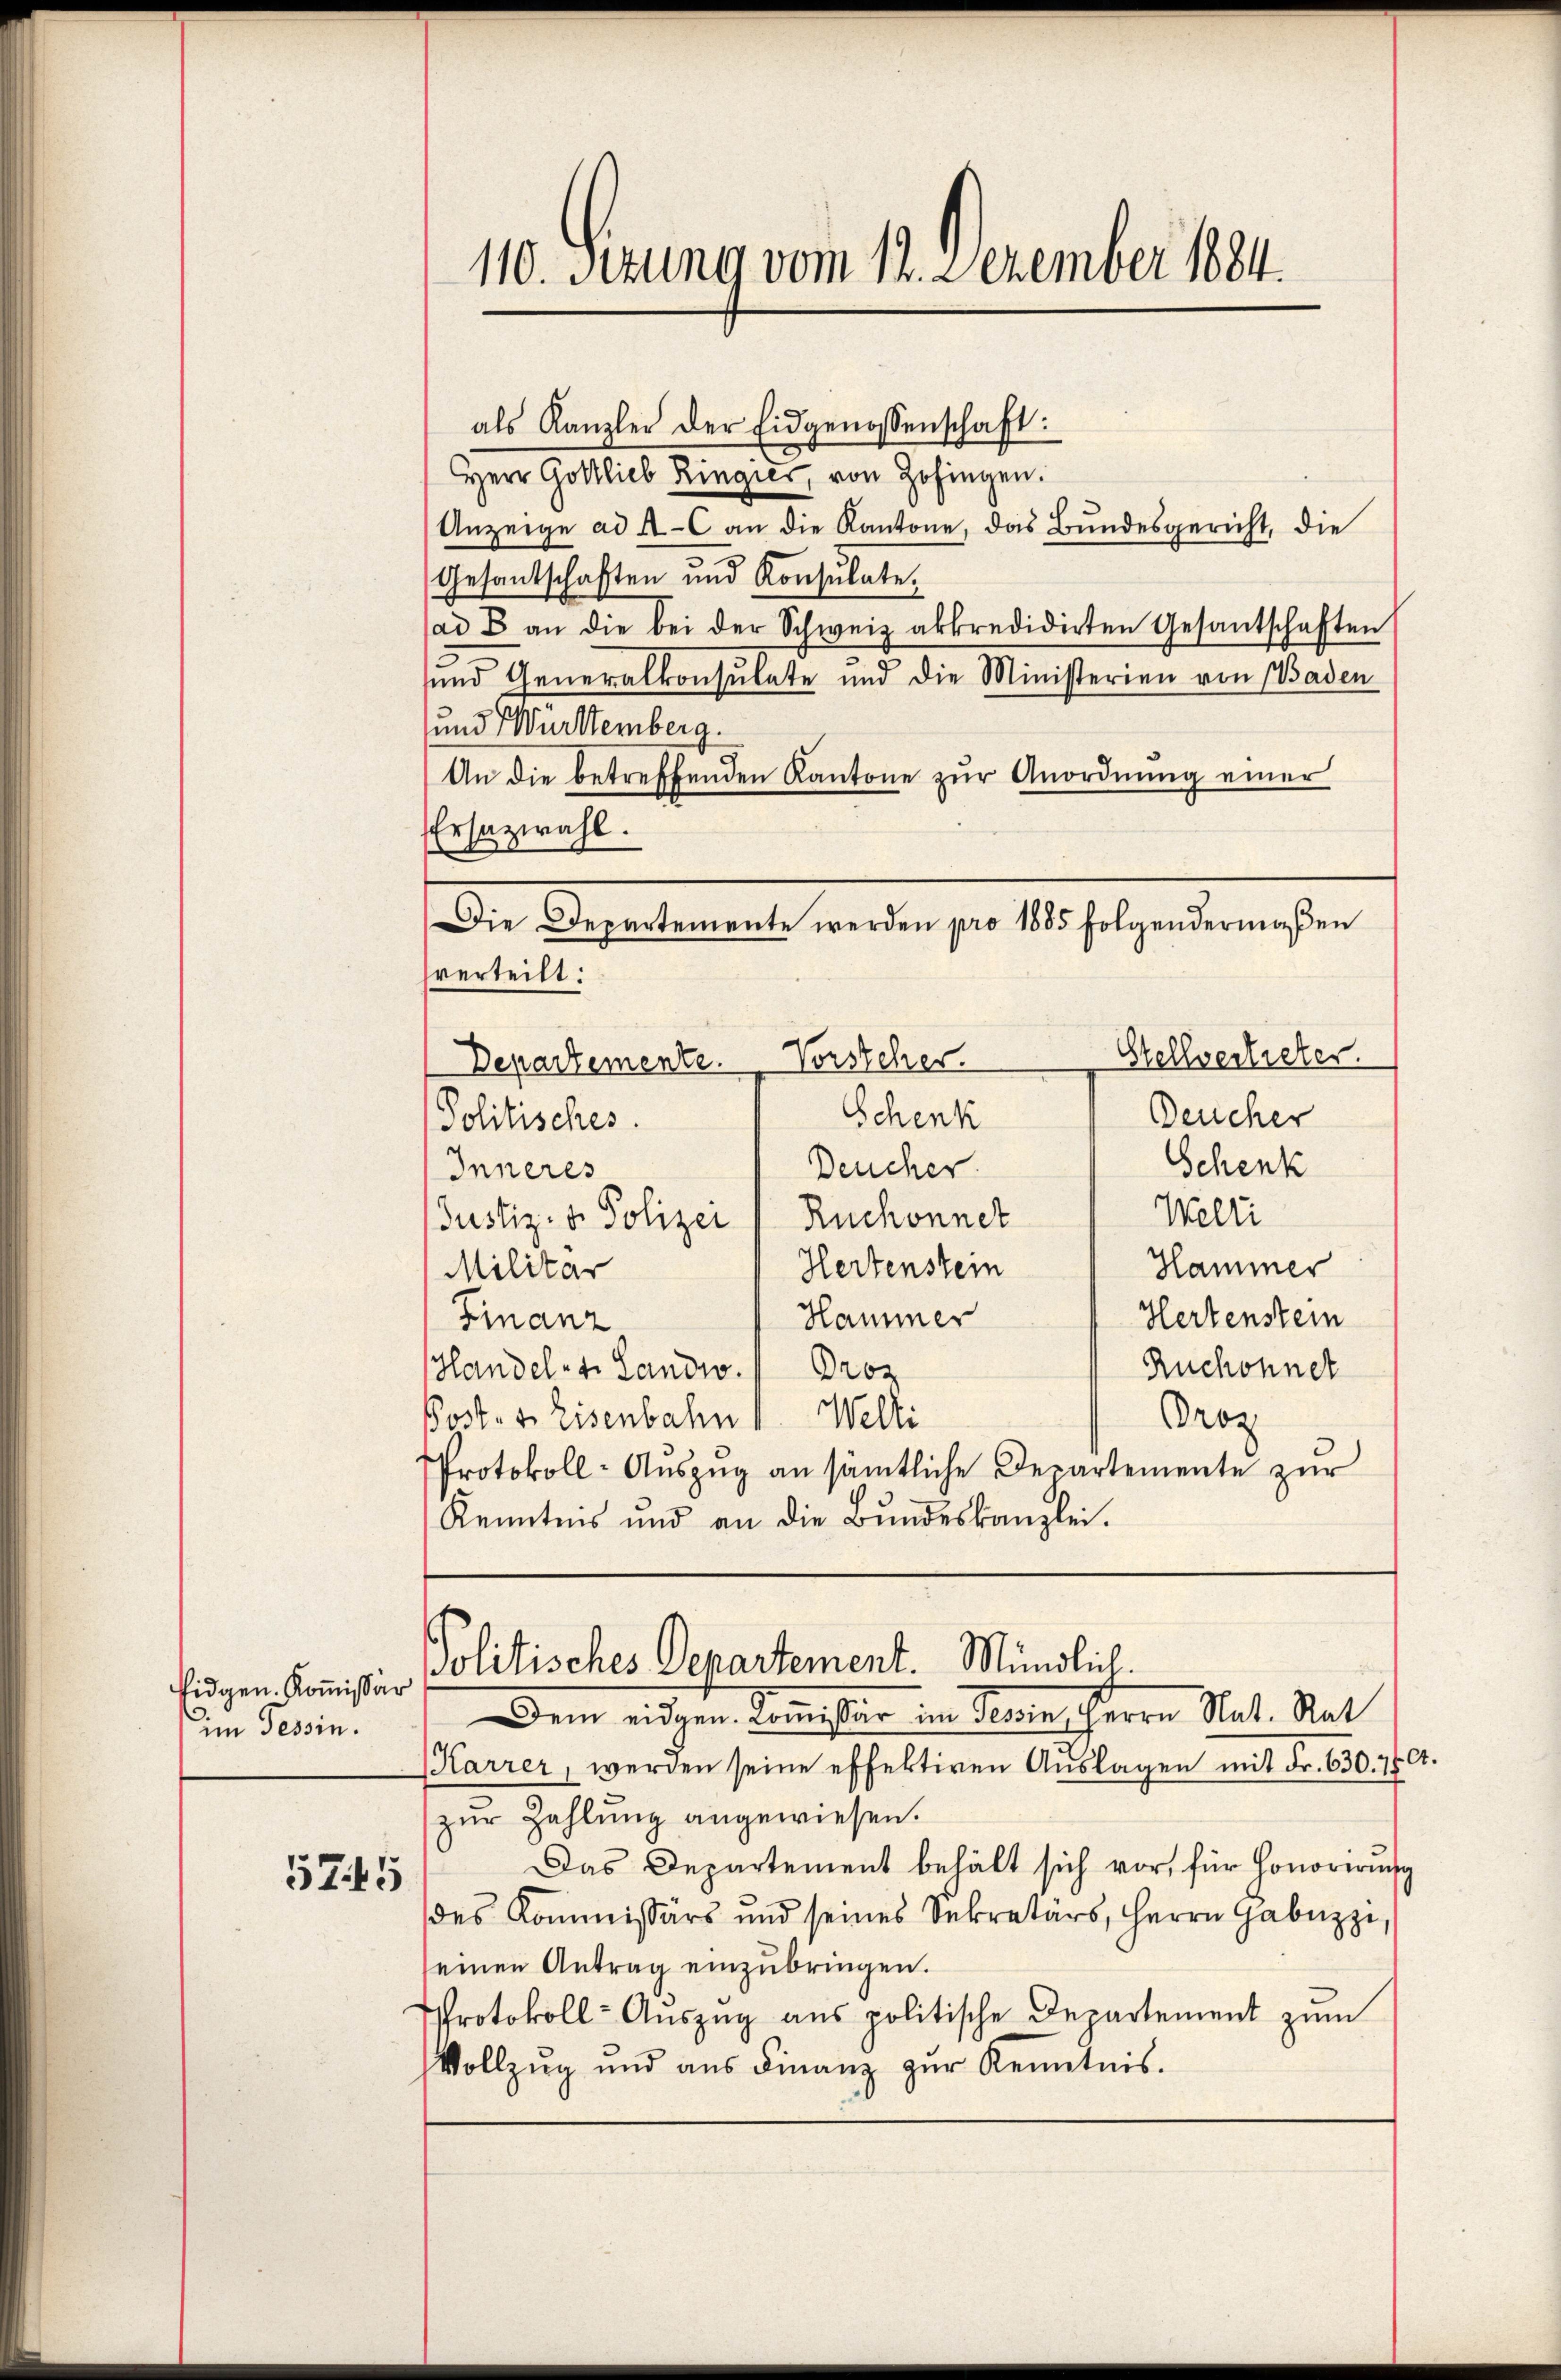
fidgen. Kommissär
im Tessin.

5745

110. Sezung vom 12. Dezember 1884.

als Kanzler der Eidgenossenschaft:
Herr Gottlieb Ringier, von Zofingen.
Anzeige ad 4-6 an die Kantone, das Bundesgericht, die
Gesandschaften und Konsulate,
ad B an die bei der Schweiz akkredidirten Gesantschaften
und Generalkonsulate und die Ministerien von Baden
und Württemberg.
An die betreffenden Kantone zŭr Anordnung einer
Ersatzwahl.
verteilt:
Stellvertreter.
Departemente. Vorsteher.
Schenk
Deucher
Politisches.
Schenk
Deucher
Inneres
Welti
Justiz- & Polizei (Ruchonner
Hammer
Hertenstein
Militär
Hammer
Hertenstein
Finanz
Ruchonnet
Handel - 4. Landw. Proz
Proz
Post. v. Eisenbahn 1. Welti
Protokoll-Auszug an sämtliche Departemente zur
Kenntnis und an die Bŭndeskanzlei.

Karrer, werden seine effektiven Auslagen mit Fr. 630. 74.
zŭr Zahlung angewiesen.
Das Departement behält sich vor, für Honorirung
des Kommissärs und seines Sekretärs, Herrn Gabuzzi,
einen Antrag einzŭbringen.
Protokoll-Aŭszŭg aŭs politische Departement zŭm
Vollzug und aus Finanz zur Kenntnis.

Die Departemente werden pro 1885 folgendermaßen

Politisches Departement. Mündlich.
Dem eidgen. Commissär im Tessin, Herrn Nat. Rat